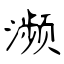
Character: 濒